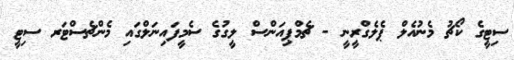
ސިޓީގެ ކޯޗު މެނުއެލް ޕެލެގްރީނީ - ޗެމްޕިއަންސް ލީގުގެ ސެމީފައިނަލްގައި މެންޗެސްޓަރ ސިޓީ